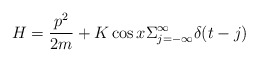
\begin{align*}H = \frac{p^{2}}{2m} + K \cos x \Sigma_{j=-\infty}^{\infty} \delta(t - j)\end{align*}